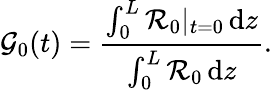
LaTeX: \mathcal{G}_{0}(t)=\frac{\int_{0}^{L}\mathcal{R}_{0}|_{t=0}\, \mathrm{d}z}{\int_{0}^{L}\mathcal{R}_{0}\, \mathrm{d}z}.